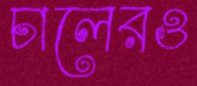
চালেরও